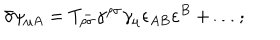
LaTeX: \delta \psi _ { \mu A } = T _ { \rho \sigma } ^ { - } \gamma ^ { \rho \sigma } \gamma _ { \mu } \epsilon _ { A B } \varepsilon ^ { B } + \ldots ;